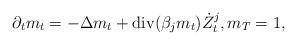
LaTeX: \begin{align*} \partial_t m_t = - \Delta m_t+ \mathrm{div}( \beta_j m_t) \dot{Z}_t^j,m_T = 1,\end{align*}